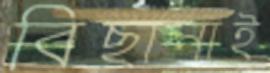
বিছানাই